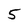
Character: 5